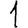
Digit: 1